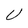
Character: U